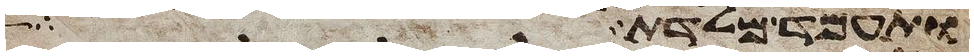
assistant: ותעמד מלדת